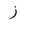
Letter: _zay